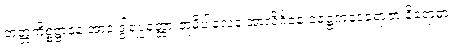
ဘတ္တကိစ္စဋ္ဌာနေ အာဒ ဒွါရပ္ပဝတ္တာ ဘူမိပါလေန အာလိင်္ဂနေ ဇေဋ္ဌကဒေဝရာဇာ နိရောဓာ